Investigations into the jail dietaries of the United Provinces with some observations on the influence of dietary on the physical development and well-being of the people of the United Provinces - Number 48
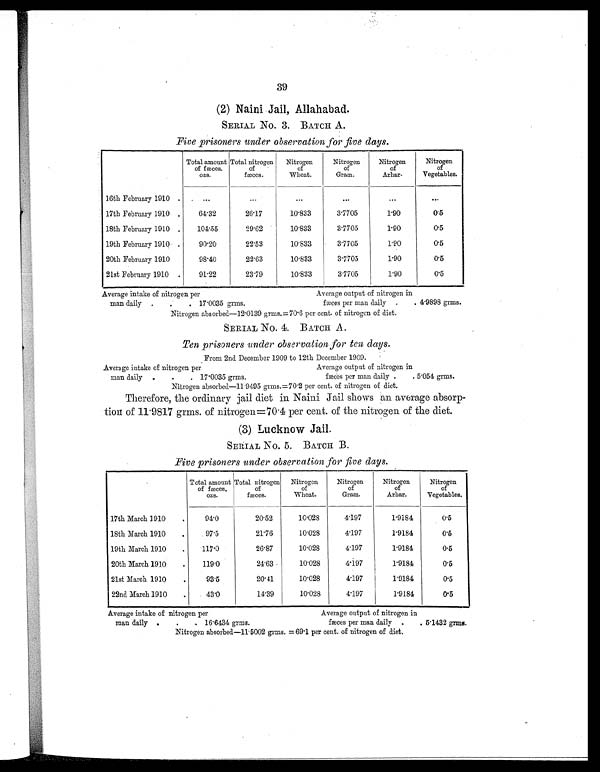
39
(2) Naini Jail, Allahabad.
SERIAL No. 3. BATCH A.
Five prisoners under observation for five days.
Total amount
of fæces.
ozs.
Total nitrogen
of
fæces.
Nitrogen
of
Wheat.
Nitrogen
of
Gram.
Nitrogen
of
Arhar.
Nitrogen
of
Vegetables.
16th February 1910 .
...
...
...
. . .
. . .
. . .
17th February 1910 .
64.32
26.17
10.833
3.7705
1.90
0.5
18th February 1910 .
104.55
29.62
10.833
3.7705
1.90
0.5
19th February 1910 .
90.20
22.53
10.833
3.7705
1.90
0.5
20th February 1910
98.40
22.63
10.833
3.7705
1.90
0.5
21st February 1910 .
91.22
23.79
10.833
3.7705
1.90
0.5
Average intake of nitrogen per
Average output of nitrogen in
man daily .
.
. 17.0035 grms.
fæces per man daily .
. 4.9898 grms.
Nitrogen absorbed—12.0139 grms.=70.6 per cent. of nitrogen of diet.
SERIAL No. 4. BATCH A.
Ten prisoners under observation for ten days.
From 2nd December 1909 to 12th December 1909.
Average intake of nitrogen per
Average output of nitrogen in
man daily .
.
. 17.0035 grms.
fæces per man daily .
. 5.054 grms.
Nitrogen absorbed—11.9495 grms.=70.2 per cent. of nitrogen of diet.
Therefore, the ordinary jail diet in Naini Jail shows an average absorp-
tion of 11.9817 grms. of nitrogen=70.4 per cent. of the nitrogen of the diet.
(3) Lucknow Jail.
SERIAL No. 5. BATCH B.
Five prisoners under observation for five days.
Total amount
of fæces.
ozs.
Total nitrogen
of
fæces.
Nitrogen
of
Wheat.
Nitrogen
of
Gram.
Nitrogen
of
Arhar.
Nitrogen
of
Vegetables.
17th March 1910
.
94.0
20.52
10.028
4.197
1.9184
0.5
18th March 1910
.
97.5
21.76
10.028
4.197
1.9184
0.5
19th March 1910
.
117.0
26.87
10.028
4.197
1.9184
0.5
20th March 1910
.
119.0
24.63
10.028
4.197
1.9184
0.5
21st March 1910
.
93.5
20.41
10.028
4.197
1.9184
0.5
22nd March 1910
.
43.0
14.39
10.028
4.197
1.9184
0.5
Average intake of nitrogen per
Average output of nitrogen in
man daily .
.
. 16.6434 grms.
fæces per man daily .
. 5.1432 grms.
Nitrogen absorbed—11.5002 grms. =69.1 per cent. of nitrogen of diet.